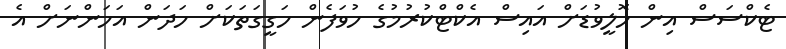
ޓެކްސަސް އިން ހޮލީވުޑަށް އައިސް އެކްޓްކުރުމުގެ ހުވަފެން ހަގީގަތަކަށް ހަދަން އަހަންނަށް އެ